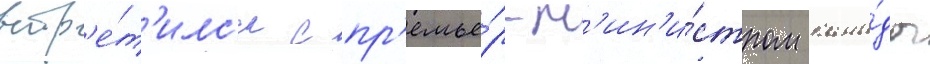
встр'е́т'илс'я с пр'емье́р-м'ин'и́стром кана́ды